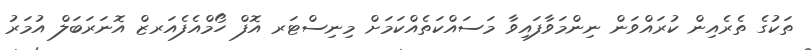
ތަކުގެ ތެރެއިން ކުރައްވަން ނިންމަވާފައިވާ މަސައްކަތެއްކަމަށް މިނިސްޓަރ އޮފް ހޯމްއެފެއަރޒް އޮނަރަބަލް އުމަރު